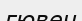
гювеч